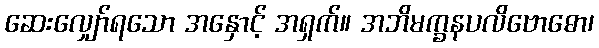
ဆေးလျှော်ရသော အနှောင့် အရှက်။ အဘိမက္ခနပလိဗောဓော၊